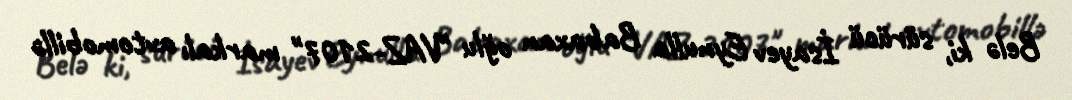
Belə ki, sürücü İsayev Eynulla Babaxan oğlu "VAZ-2107" markalı avtomobillə